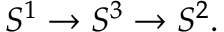
S ^ { 1 } \to S ^ { 3 } \to S ^ { 2 } .